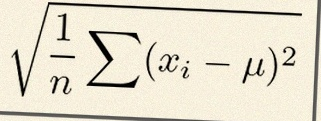
\sigma=\sqrt{\frac1n\sum(x_i-\mu)^2}